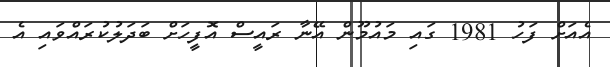
އެއަށް ފަހު 1981 ގައި މައުމޫން އޭނާ ރައީސް އޮފީހަށް ބަދަލުކުރައްވައި އެ